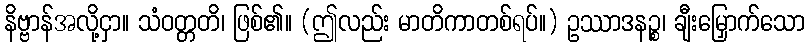
နိဗ္ဗာန်အလို့ငှာ။ သံဝတ္တတိ၊ ဖြစ်၏။ (ဤလည်း မာတိကာတစ်ရပ်။) ဥဿာဒနဉ္စ၊ ချီးမြှောက်သော